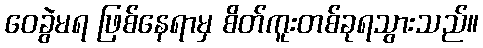
ဝေခွဲမရ ဖြစ်နေရာမှ စိတ်ကူးတစ်ခုရသွားသည်။